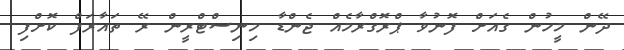
ދޭން މީހުން ގެއަށް ފޮނުވާ ޕްރޮގްރާމެއް ޖެންޑާ މިނިސްޓްރީން ރޭ ތައާރަފް ކޮށްފި